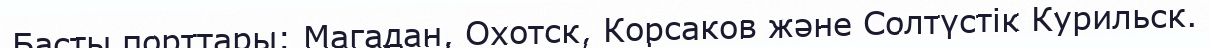
Басты порттары: Магадан, Охотск, Корсаков және Солтүстік Курильск.